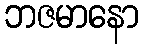
ဘဇမာနော